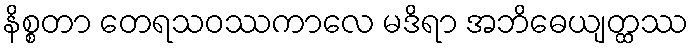
နိစ္စတာ တေရသဝဿကာလေ မဒိရာ အဘိဓေယျတ္ထဿ